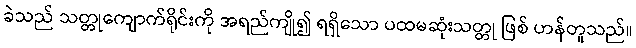
ခဲသည် သတ္တုကျောက်ရိုင်းကို အရည်ကျို၍ ရရှိသော ပထမဆုံးသတ္တု ဖြစ် ဟန်တူသည်။